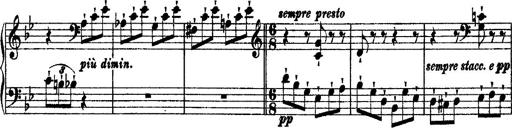
Title: 2 KonzertetÃ¼den
Composer: Franz Liszt